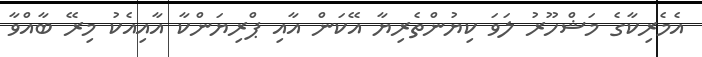
އެމެރިކާގެ މަޝްހޫރު ލަވަ ކިޔުންތެރިޔާ އޭކަން އާއި ޕްރިޔަންކާ އާއިއެކު މިރޭ ބާއްވާ